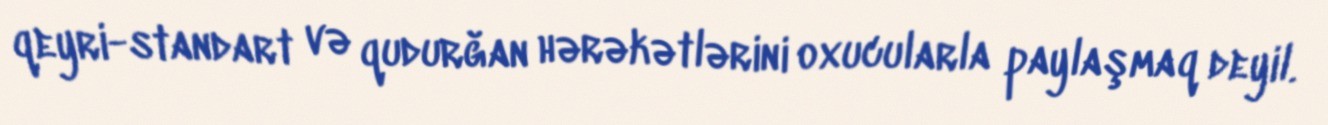
qeyri-standart və qudurğan hərəkətlərini oxucularla paylaşmaq deyil.